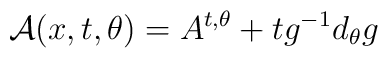
{\cal A}(x,t,\theta)=A^{t,\theta}+tg^{-1}d_{\theta}g